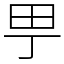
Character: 甼